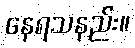
နေရသနည်း။